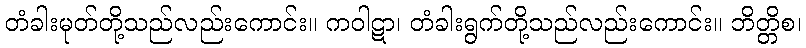
တံခါးမုတ်တို့သည်လည်းကောင်း။ ကဝါဋာ၊ တံခါးရွက်တို့သည်လည်းကောင်း။ ဘိတ္တိစ၊